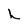
Character: h